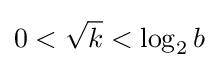
0<{\sqrt {k}}<\log _{2}b